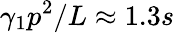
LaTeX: \gamma_{1}p^{2}/L\approx 1.3s